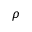
\rho